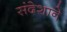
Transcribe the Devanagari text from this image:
संदेशाने